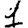
Digit: 1